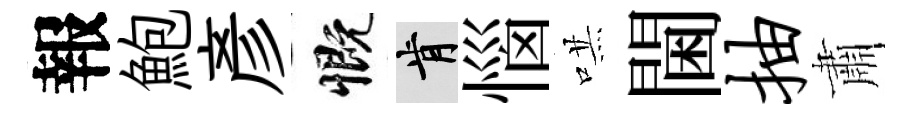
報鮑彥慨肯惱哄閫抽肅